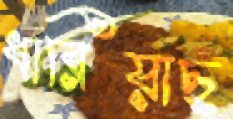
ধারিয়াছ